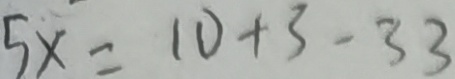
5 x = 1 0 + 3 - 3 3